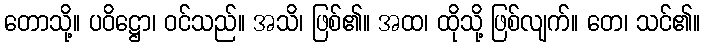
တောသို့။ ပဝိဋ္ဌော၊ ဝင်သည်။ အသိ၊ ဖြစ်၏။ အထ၊ ထိုသို့ ဖြစ်လျက်။ တေ၊ သင်၏။